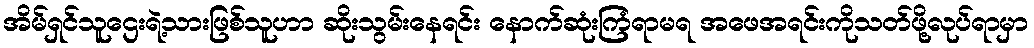
အိမ်ရှင်သူဌေးရဲ့သားဖြစ်သူဟာ ဆိုးသွမ်းနေရင်း နောက်ဆုံးကြံရာမရ အဖေအရင်းကိုသတ်ဖို့လုပ်ရာမှာ